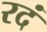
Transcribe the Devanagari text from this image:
रदं